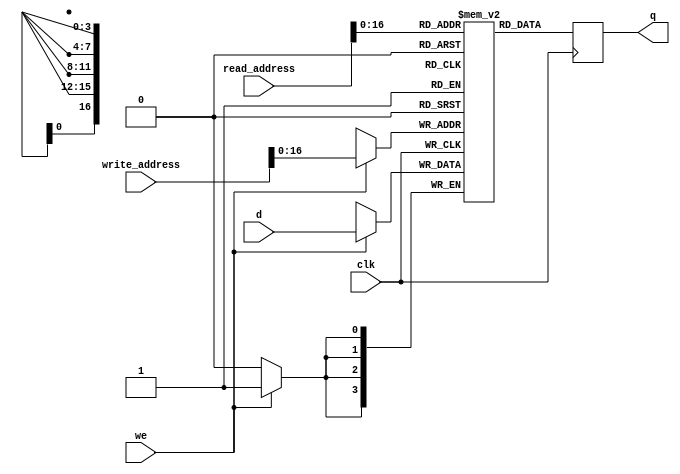
/*********************************************************************************************************
Claire Chen and Mark Zhao
ECE 5760, Spring 2017

Attribution: Code taken from Altera documentation for Verilog inferred RAM
Page 774 - https://www.altera.com/content/dam/altera-www/global/en_US/pdfs/literature/hb/qts/qts_qii5v1.pdf

Description: Dual-port RAM inferred memory block
*********************************************************************************************************/

module vga_buffer(	// single clock dual-port RAM
	q,
	d,
	write_address,
	read_address,
	we, clk
);
	parameter DATA_WIDTH = 4;

	output reg [DATA_WIDTH-1:0] q;
	input [DATA_WIDTH-1:0] d;
	input [19:0] write_address;
	input [19:0] read_address;
	input we, clk;

	reg [DATA_WIDTH-1:0] mem [76799:0]; // 160x240
		
	always @ (posedge clk) begin
		if (we) begin
			mem[write_address] <= d;
		end
		q <= mem[read_address]; // q does not get d in this clock cycle
	end
	
endmodule